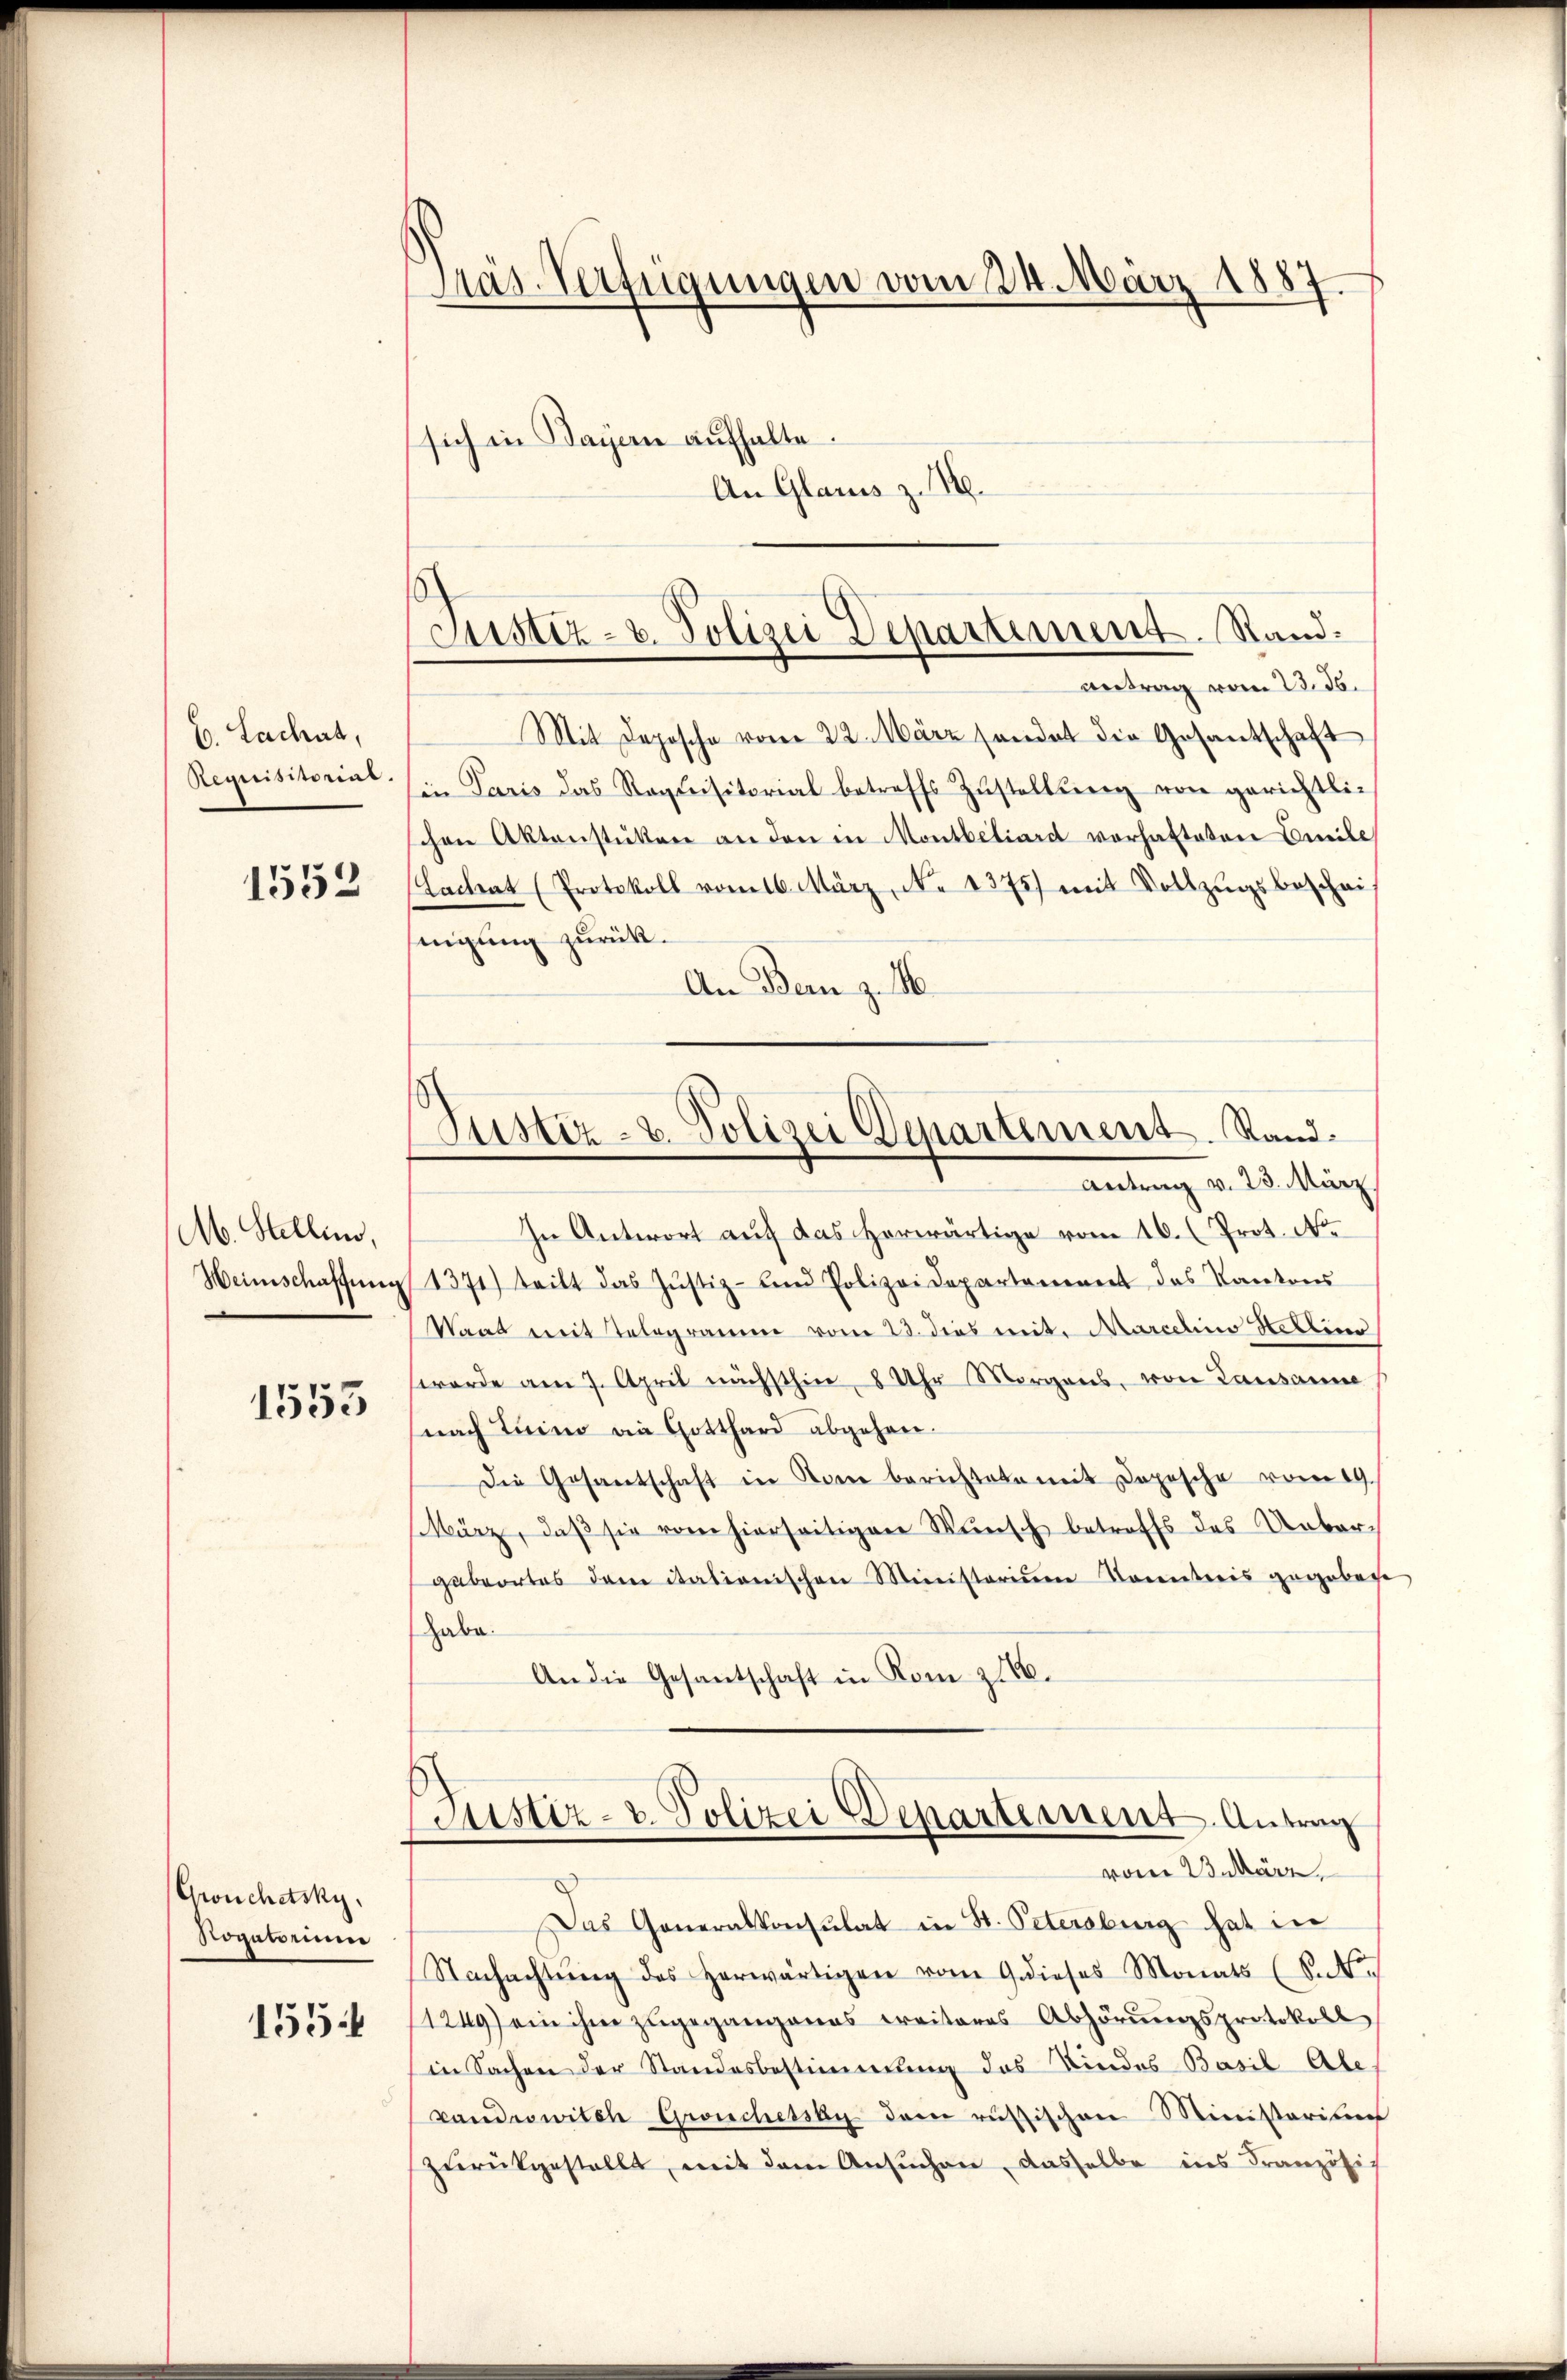
b. Lachat,
Requisitorint.

1552

M. Stellen,

1553

Grouchetsky,
Nogatorum

155.

Präs. Verfügungen vom 24. März 1887.
sich in Bayern aufhalte.
An Glarus z. 14.

Justiz- u. Polizei Departement. Sandvetrag vom 23. ds.

Justiz- & Polizei Departement. Stand.
Antrag v. 23. März.

Mit Deposche vom 22. März sondet die Gesantschaft
in Paris das Requisitorial betreffs Zŭstellŭng von gerichtlic
schen Aktenstüken an den in Montbeliard vorhafteten Emile
(Lachat (Protokoll vom 16. März, No 1375) mit Vollzŭgsbeschei
nigung zurück.
An Bern z. 16.
In Antwort auf das herwärtige vom 16. (Prot. N
Heimschaffŭng 1371) teilt das Justiz- und Polizeidepartament des Kantons
Waas mit Telegramm vom 23. dies mit. Marielins Hellin
worde am 7. April nächsthin, 8 Uhr Morgens, von Lausanne
nach Luino die Gotthard abgehen.
Die Gesantschaft in Sonne berichtete mit Depesche vom 19.
ärz, daβ sie vom hierseitigen Wŭnsch betreffs das Uebergabeortes dem italienischen Ministerium Sonntweis gegeben
habe.
An die Gesantschaft in Rom z 1660.
Justiz- & Polizei Departement Antrag
vom Bekäre,
Das Generalkonsulat in St. Petersburg hat in
Nachachtŭng des herwärtigen vom 9 dieses Monats (S.
1249) ein ihm zugegangenes Kreiteres Abhörungsprotokoll
in Sachen der Standesbestimmung das Kindes Basil Abe
pandowilch Gronchessau dem russischen Ministerium
zŭrückgestellt, mit dem Ansŭchen, dasselbe ins Französi-